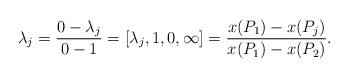
LaTeX: \begin{align*}\lambda_j = \frac{0-\lambda_j}{0-1}= [\lambda_j,1,0,\infty] =\frac{x(P_1) - x(P_j)}{x(P_1)-x(P_2)}.\end{align*}